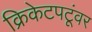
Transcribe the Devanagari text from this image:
क्रिकेटपटूंवर